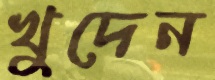
খুদেন